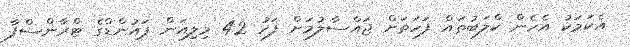
އެކަމަކު އެހެން ކްލަބުތައް ފަހަތަށް ޖައްސާލުމަށް ފަހު 42 މިލިއަން ޕައުންޑްގެ ޓްރާންސްފާ